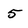
Character: 5